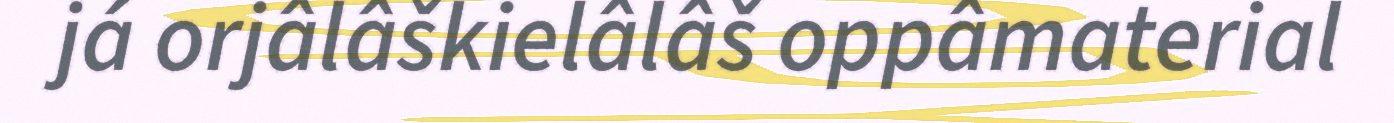
já orjâlâškielâlâš oppâmaterial